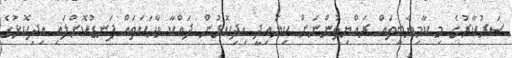
ސަރުކާރުގެ މި ކާމިޔާބީތައް ރައްޔިތުންނަށް ކިޔައިދީ އިދިކޮޅުން ދައްކާ ވާހަކަތައް ފަނޑުކޮށްލައި އިދިކޮޅުގެ